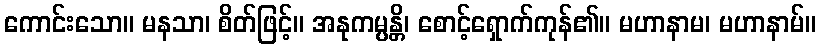
ကောင်းသော။ မနသာ၊ စိတ်ဖြင့်။ အနုကမ္ပန္တိ၊ စောင့်ရှောက်ကုန်၏။ မဟာနာမ၊ မဟာနာမ်။